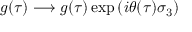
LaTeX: g ( \tau ) \longrightarrow g ( \tau ) \exp \left( i \theta ( \tau ) \sigma _ { 3 } \right)